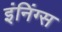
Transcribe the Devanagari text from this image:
इंनिंग्स